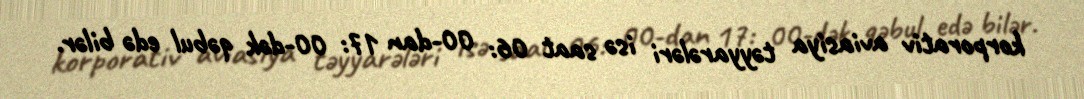
korporativ aviasiya təyyarələri isə saat 06: 00-dan 17: 00-dək qəbul edə bilər.